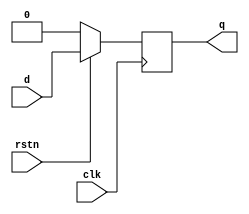
module dff(
  input d,
  input clk,
  input rstn,
  output reg q
);
  always @ (posedge clk) begin
    if(!rstn)
      q <= 0;
    else
      q <= d;
  end

endmodule